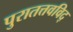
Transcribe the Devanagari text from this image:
पुरातत्तवविद्